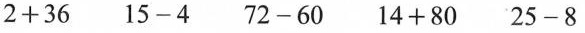
2+36 15-4 72-60 14+80 25-8